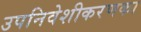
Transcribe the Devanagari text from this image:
उपनिवेशीकरणका